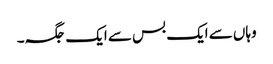
وہاں سے ایک بس سے ایک جگہ۔